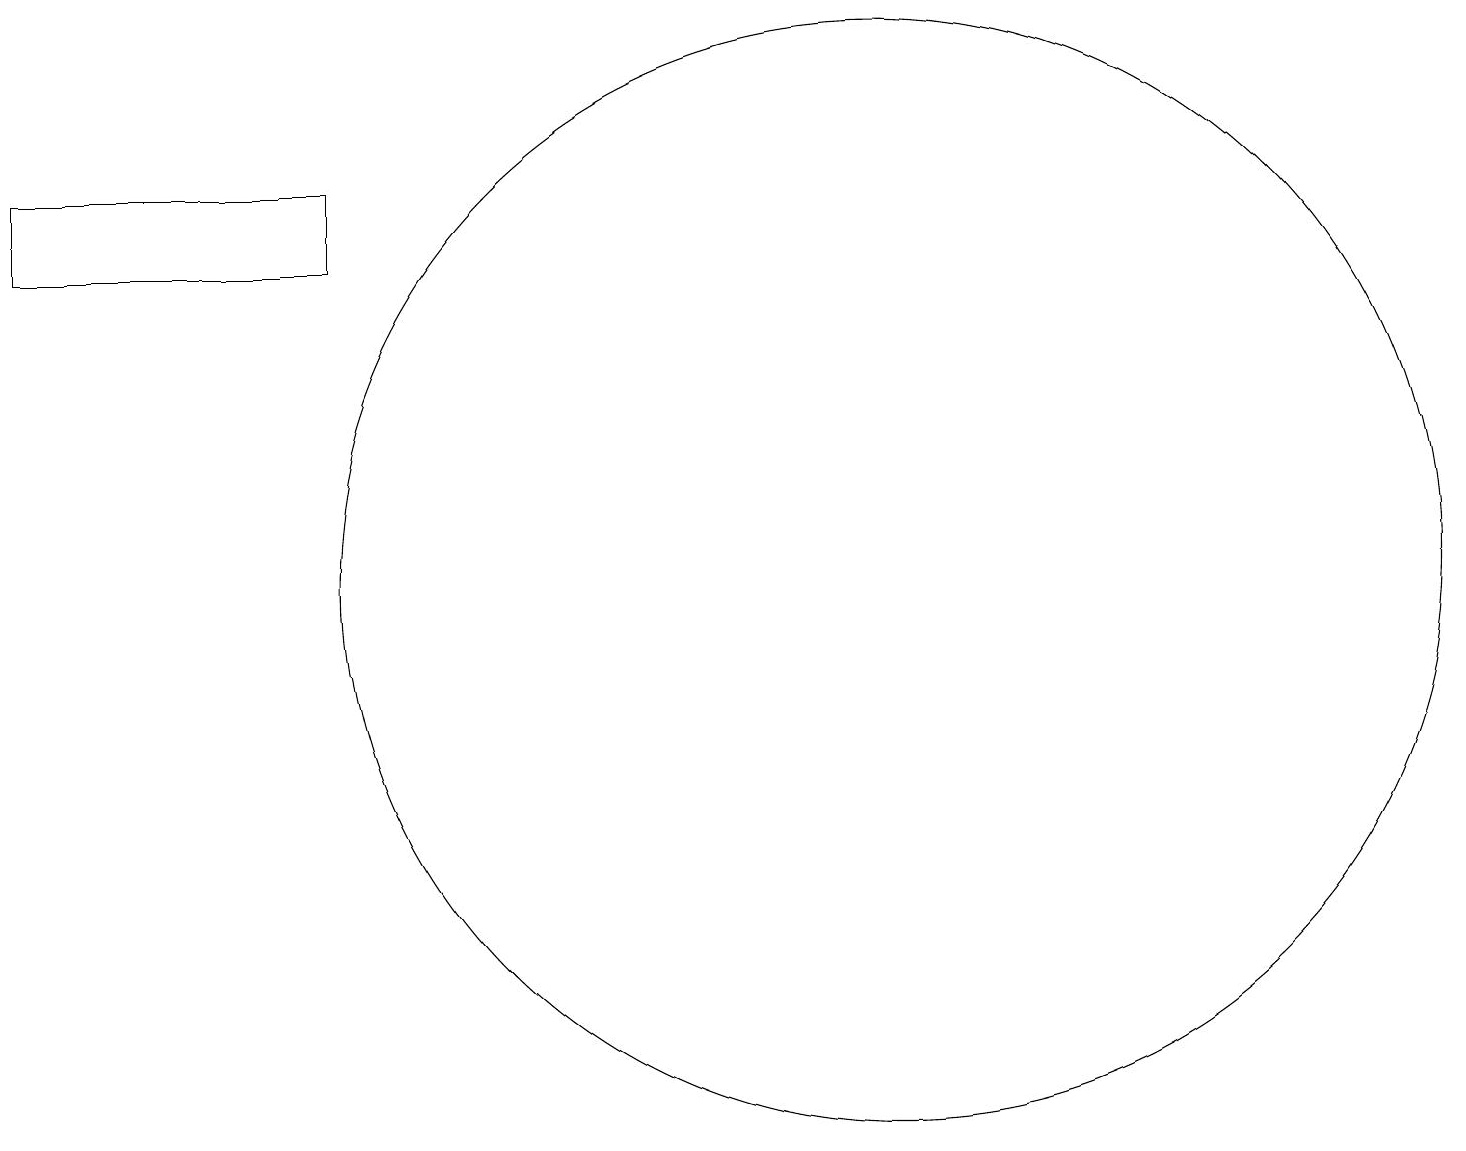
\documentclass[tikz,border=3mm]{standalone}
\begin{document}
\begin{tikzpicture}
\draw (11,11) circle (0);
\draw (12,10) circle (7);
\draw (1,15) rectangle (5,14);
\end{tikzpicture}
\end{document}